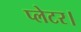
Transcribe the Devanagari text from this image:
प्लेटर।